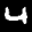
Label: 4